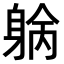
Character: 𨉓